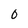
Character: O